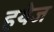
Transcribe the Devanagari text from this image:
हयेज